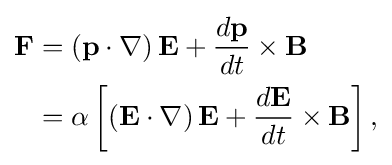
{\begin{aligned}\mathbf {F} &=\left(\mathbf {p} \cdot \nabla \right)\mathbf {E} +{\frac {d\mathbf {p} }{dt}}\times \mathbf {B} \\&=\alpha \left[\left(\mathbf {E} \cdot \nabla \right)\mathbf {E} +{\frac {d\mathbf {E} }{dt}}\times \mathbf {B} \right],\\\end{aligned}}